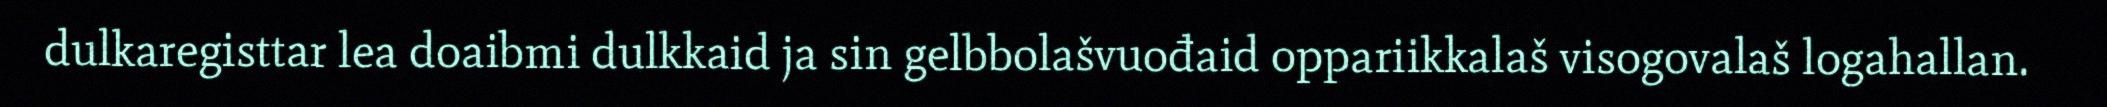
dulkaregisttar lea doaibmi dulkkaid ja sin gelbbolašvuođaid oppariikkalaš visogovalaš logahallan.